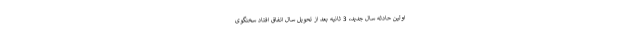
اولین حادثه سال جدید، 3 ثانیه بعد از تحویل سال اتفاق افتاد سخنگوی